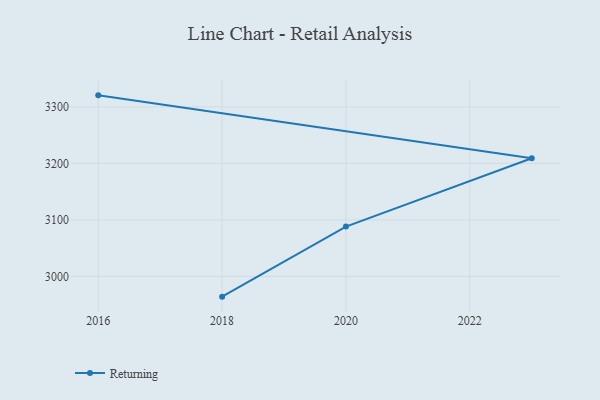
{"axis": {"x": "Year", "y": "Waste Production (Tons)"}, "legend": ["Returning"], "data": [{"x": "2018", "y": 2964.3, "type": "Returning"}, {"x": "2020", "y": 3088.2, "type": "Returning"}, {"x": "2023", "y": 3209.0, "type": "Returning"}, {"x": "2016", "y": 3320.3, "type": "Returning"}]}